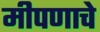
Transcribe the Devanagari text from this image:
मीपणाचे